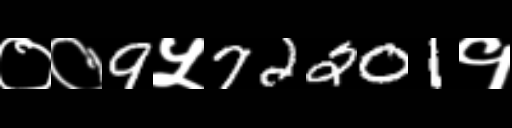
Text: ००9५72201१